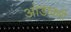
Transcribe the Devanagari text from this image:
आंडाकरी